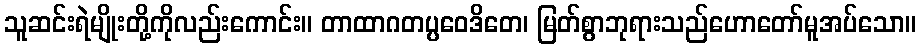
သူဆင်းရဲမျိုးတို့ကိုလည်းကောင်း။ တာထာဂတပ္ပဝေဒိတေ၊ မြတ်စွာဘုရားသည်ဟောတော်မူအပ်သော။